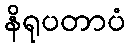
နိရုပတာပံ